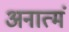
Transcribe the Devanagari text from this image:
अनात्मं